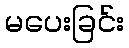
မပေးခြင်း